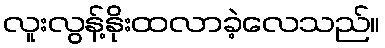
လူးလွန့်နိုးထလာခဲ့လေသည်။